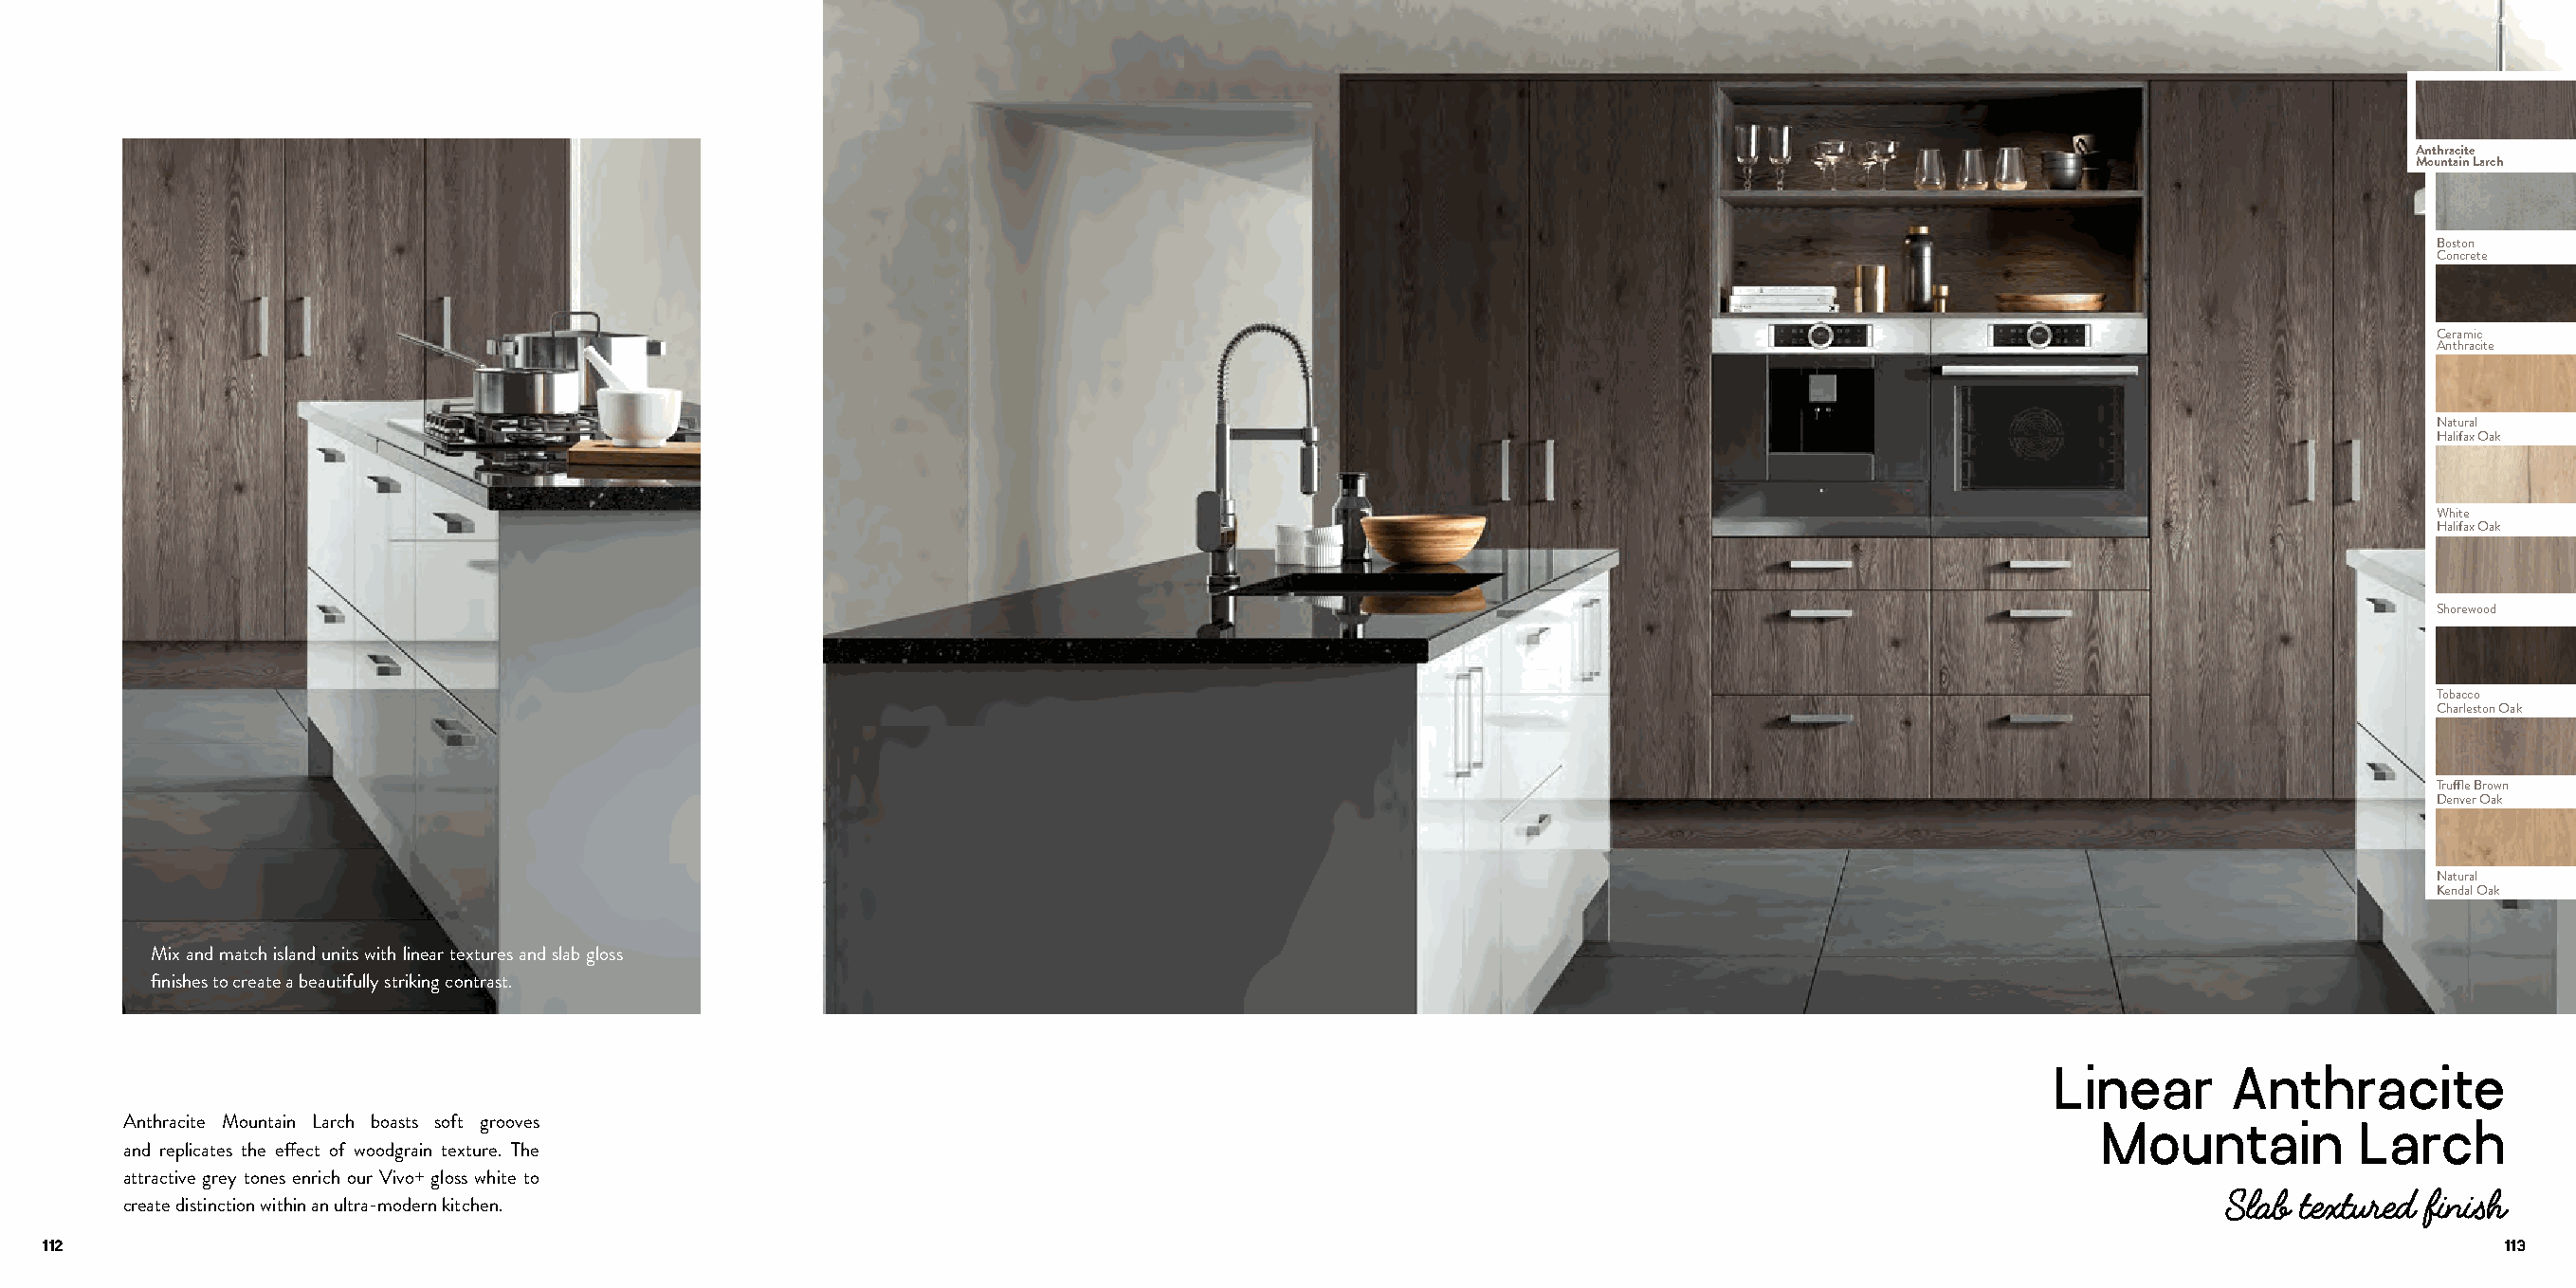
Anthracite
 Mountain Larch
 Boston
 Concrete
 Ceramic
 Anthracite
 Natural
 Halifax Oak
 White
 Halifax Oak
 Shorewood
 Tobacco
 Charleston Oak
 Truffle Brown
 Denver Oak
 Natural
 Kendal Oak
 Mix and match island units with linear textures and slab gloss
 finishes to create a beautifully striking contrast.
 Linear      Anthracite
 Anthracite Mountain Larch boasts soft grooves                                                                                             Mountain          Larch
 and replicates the effect of woodgrain texture. The
 attractive grey tones enrich our Vivo+ gloss white to
 Slab  textured finish
 create distinction within an ultra-modern kitchen.
 112                                                                                                                                                                         113